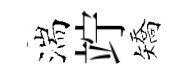
湍竚矯